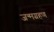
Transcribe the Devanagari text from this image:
जन्मग्रहण